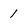
Character: 1